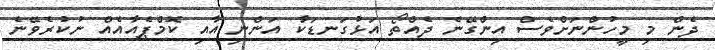
ދެން މި މީހުންނަށްވެސް އިންގޭނެ ދެއްތޯ އަޅުގަނޑަކާ އަންނި އާއި ކޮމްޕެއާއެއް ނުކުރެވޭނެ